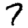
Digit: 7